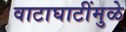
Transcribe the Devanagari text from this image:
वाटाघाटींमुळे